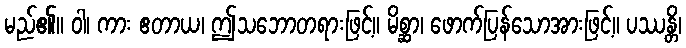
မည်၏။ ဝါ၊ ကား ဧတာယ၊ ဤသဘောတရားဖြင့်။ မိစ္ဆာ၊ ဖောက်ပြန်သောအားဖြင့်။ ပဿန္တိ၊